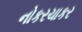
નોકરચાકર